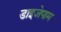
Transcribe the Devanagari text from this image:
डाइजेपाम